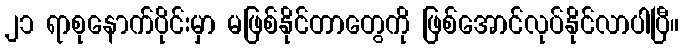
၂၁ ရာစုနောက်ပိုင်းမှာ မဖြစ်နိုင်တာတွေကို ဖြစ်အောင်လုပ်နိုင်လာပါပြီ။